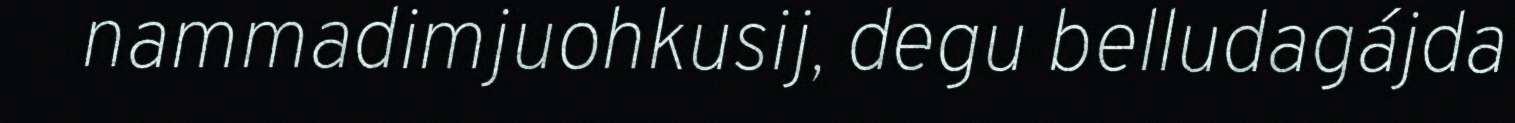
nammadimjuohkusij, degu belludagájda